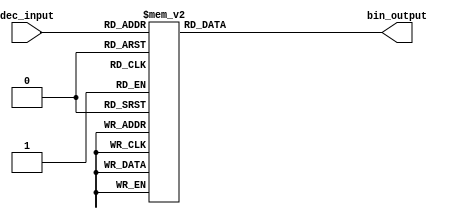
module decimal_to_binary_encoder (
    input wire [3:0] dec_input,  // 4-bit input for decimal value (0-9)
    output reg [3:0] bin_output   // 4-bit output for binary equivalent
);

always @(*) begin
    case (dec_input)
        4'b0000: bin_output = 4'b0000; // Decimal 0
        4'b0001: bin_output = 4'b0001; // Decimal 1
        4'b0010: bin_output = 4'b0010; // Decimal 2
        4'b0011: bin_output = 4'b0011; // Decimal 3
        4'b0100: bin_output = 4'b0100; // Decimal 4
        4'b0101: bin_output = 4'b0101; // Decimal 5
        4'b0110: bin_output = 4'b0110; // Decimal 6
        4'b0111: bin_output = 4'b0111; // Decimal 7
        4'b1000: bin_output = 4'b1000; // Decimal 8
        4'b1001: bin_output = 4'b1001; // Decimal 9
        default: bin_output = 4'b1111;  // Invalid input (10-15)
    endcase
end

endmodule